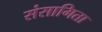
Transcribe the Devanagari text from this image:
संसागिता